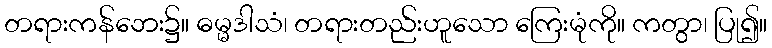
တရားကန်ဘေး၌။ ဓမ္မဒါသံ၊ တရားတည်းဟူသော ကြေးမုံကို။ ကတွာ၊ ပြု၍။